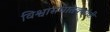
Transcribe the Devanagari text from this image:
विश्वासघातक्यांची